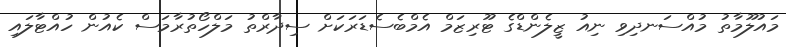
މައުލޫމާތު މުއްސަނދިވި ނިއު ޒީލެންޑްގެ ޓޫރިޒަމް އެމްބެސެޑަރަކަށް ސިދާރްތު މަލްހޯތުރާމަސް ކެއުން ހުއްޓާލައި